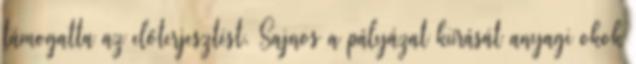
támogatta az előterjesztést. Sajnos a pályázat kiírását anyagi okok